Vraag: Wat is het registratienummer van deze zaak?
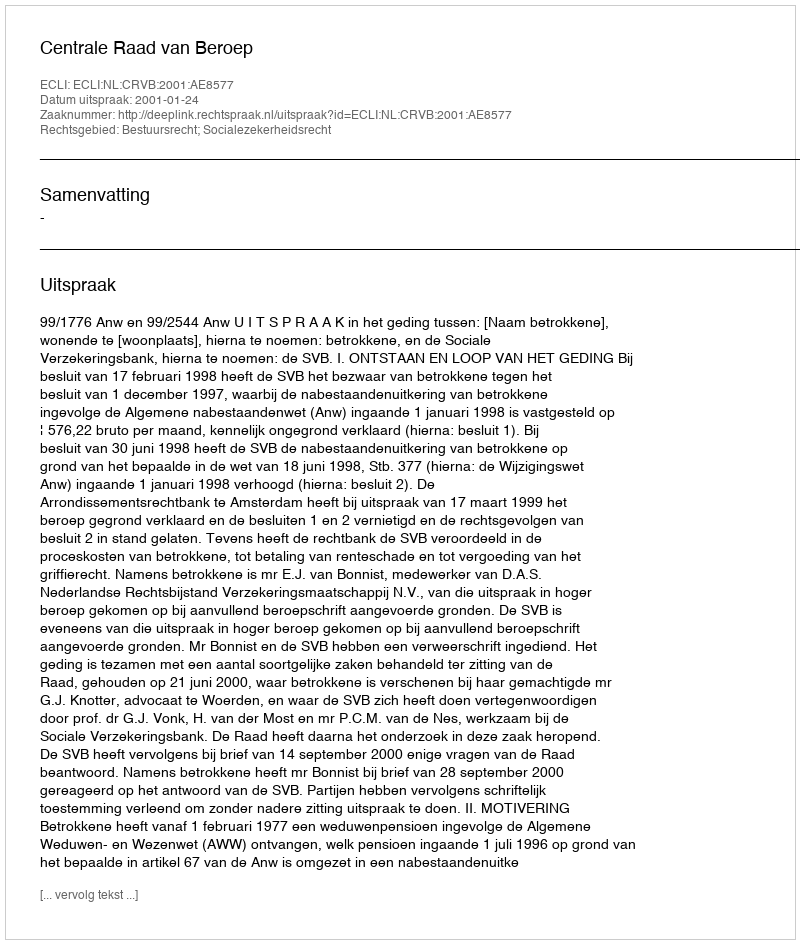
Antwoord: http://deeplink.rechtspraak.nl/uitspraak?id=ECLI:NL:CRVB:2001:AE8577